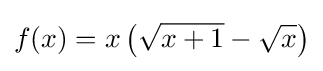
f(x)=x\left({\sqrt {x+1}}-{\sqrt {x}}\right)